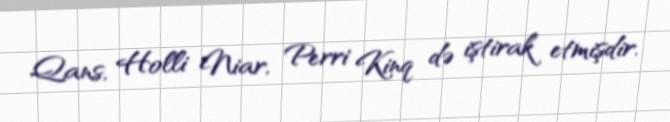
Qans, Holli Niar, Perri Kinq də iştirak etmişdir.